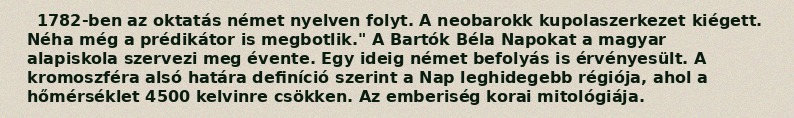
1782-ben az oktatás német nyelven folyt. A neobarokk kupolaszerkezet kiégett. Néha még a prédikátor is megbotlik." A Bartók Béla Napokat a magyar alapiskola szervezi meg évente. Egy ideig német befolyás is érvényesült. A kromoszféra alsó határa definíció szerint a Nap leghidegebb régiója, ahol a hőmérséklet 4500 kelvinre csökken. Az emberiség korai mitológiája.